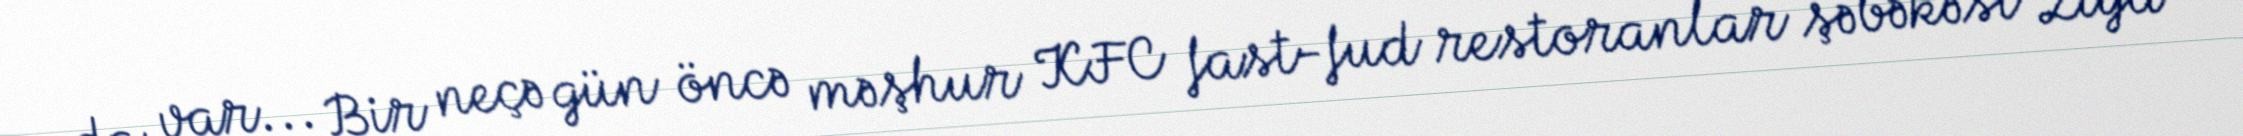
da var... Bir neçə gün öncə məşhur KFC fast-fud restoranlar şəbəkəsi Ziya